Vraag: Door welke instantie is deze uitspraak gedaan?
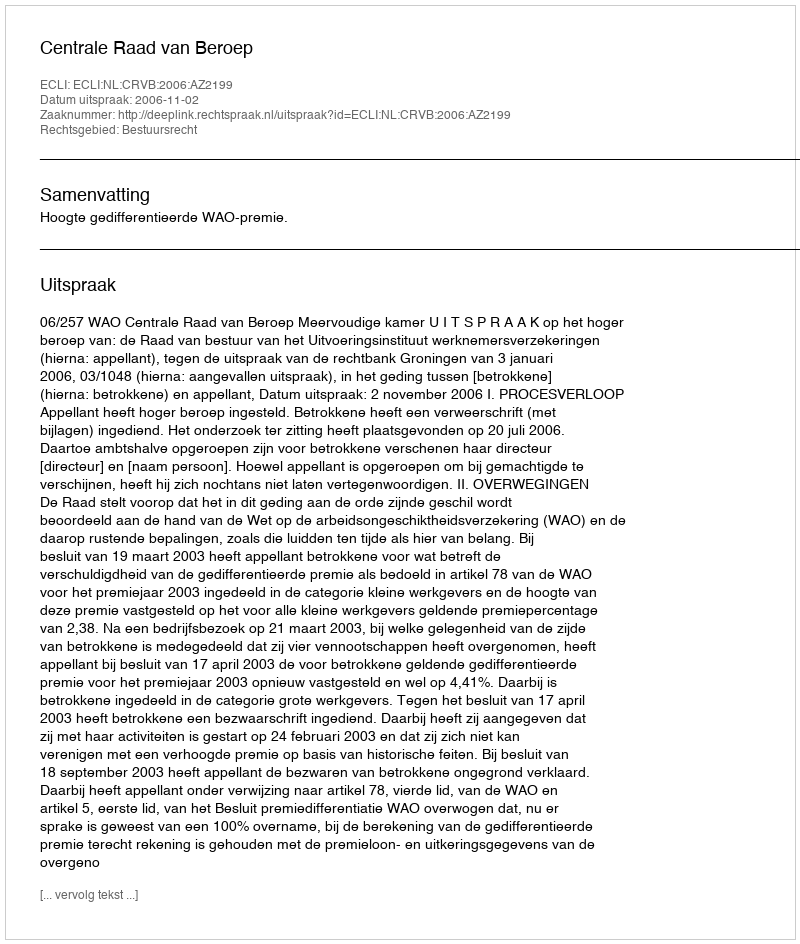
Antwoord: Centrale Raad van Beroep